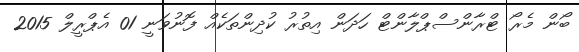
ބޯން މެރޯ ޓްރާންސްޕްލާންޓް ހަދަން އިތުރު ކުދިންތަކެއް ފޮނުވަނީ 01 އެޕްރީލް 2015